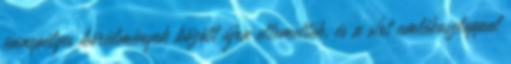
ünnepélyes körülmények között újra eltemették, és a sírt emlékoszloppal